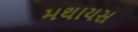
મથાયસ